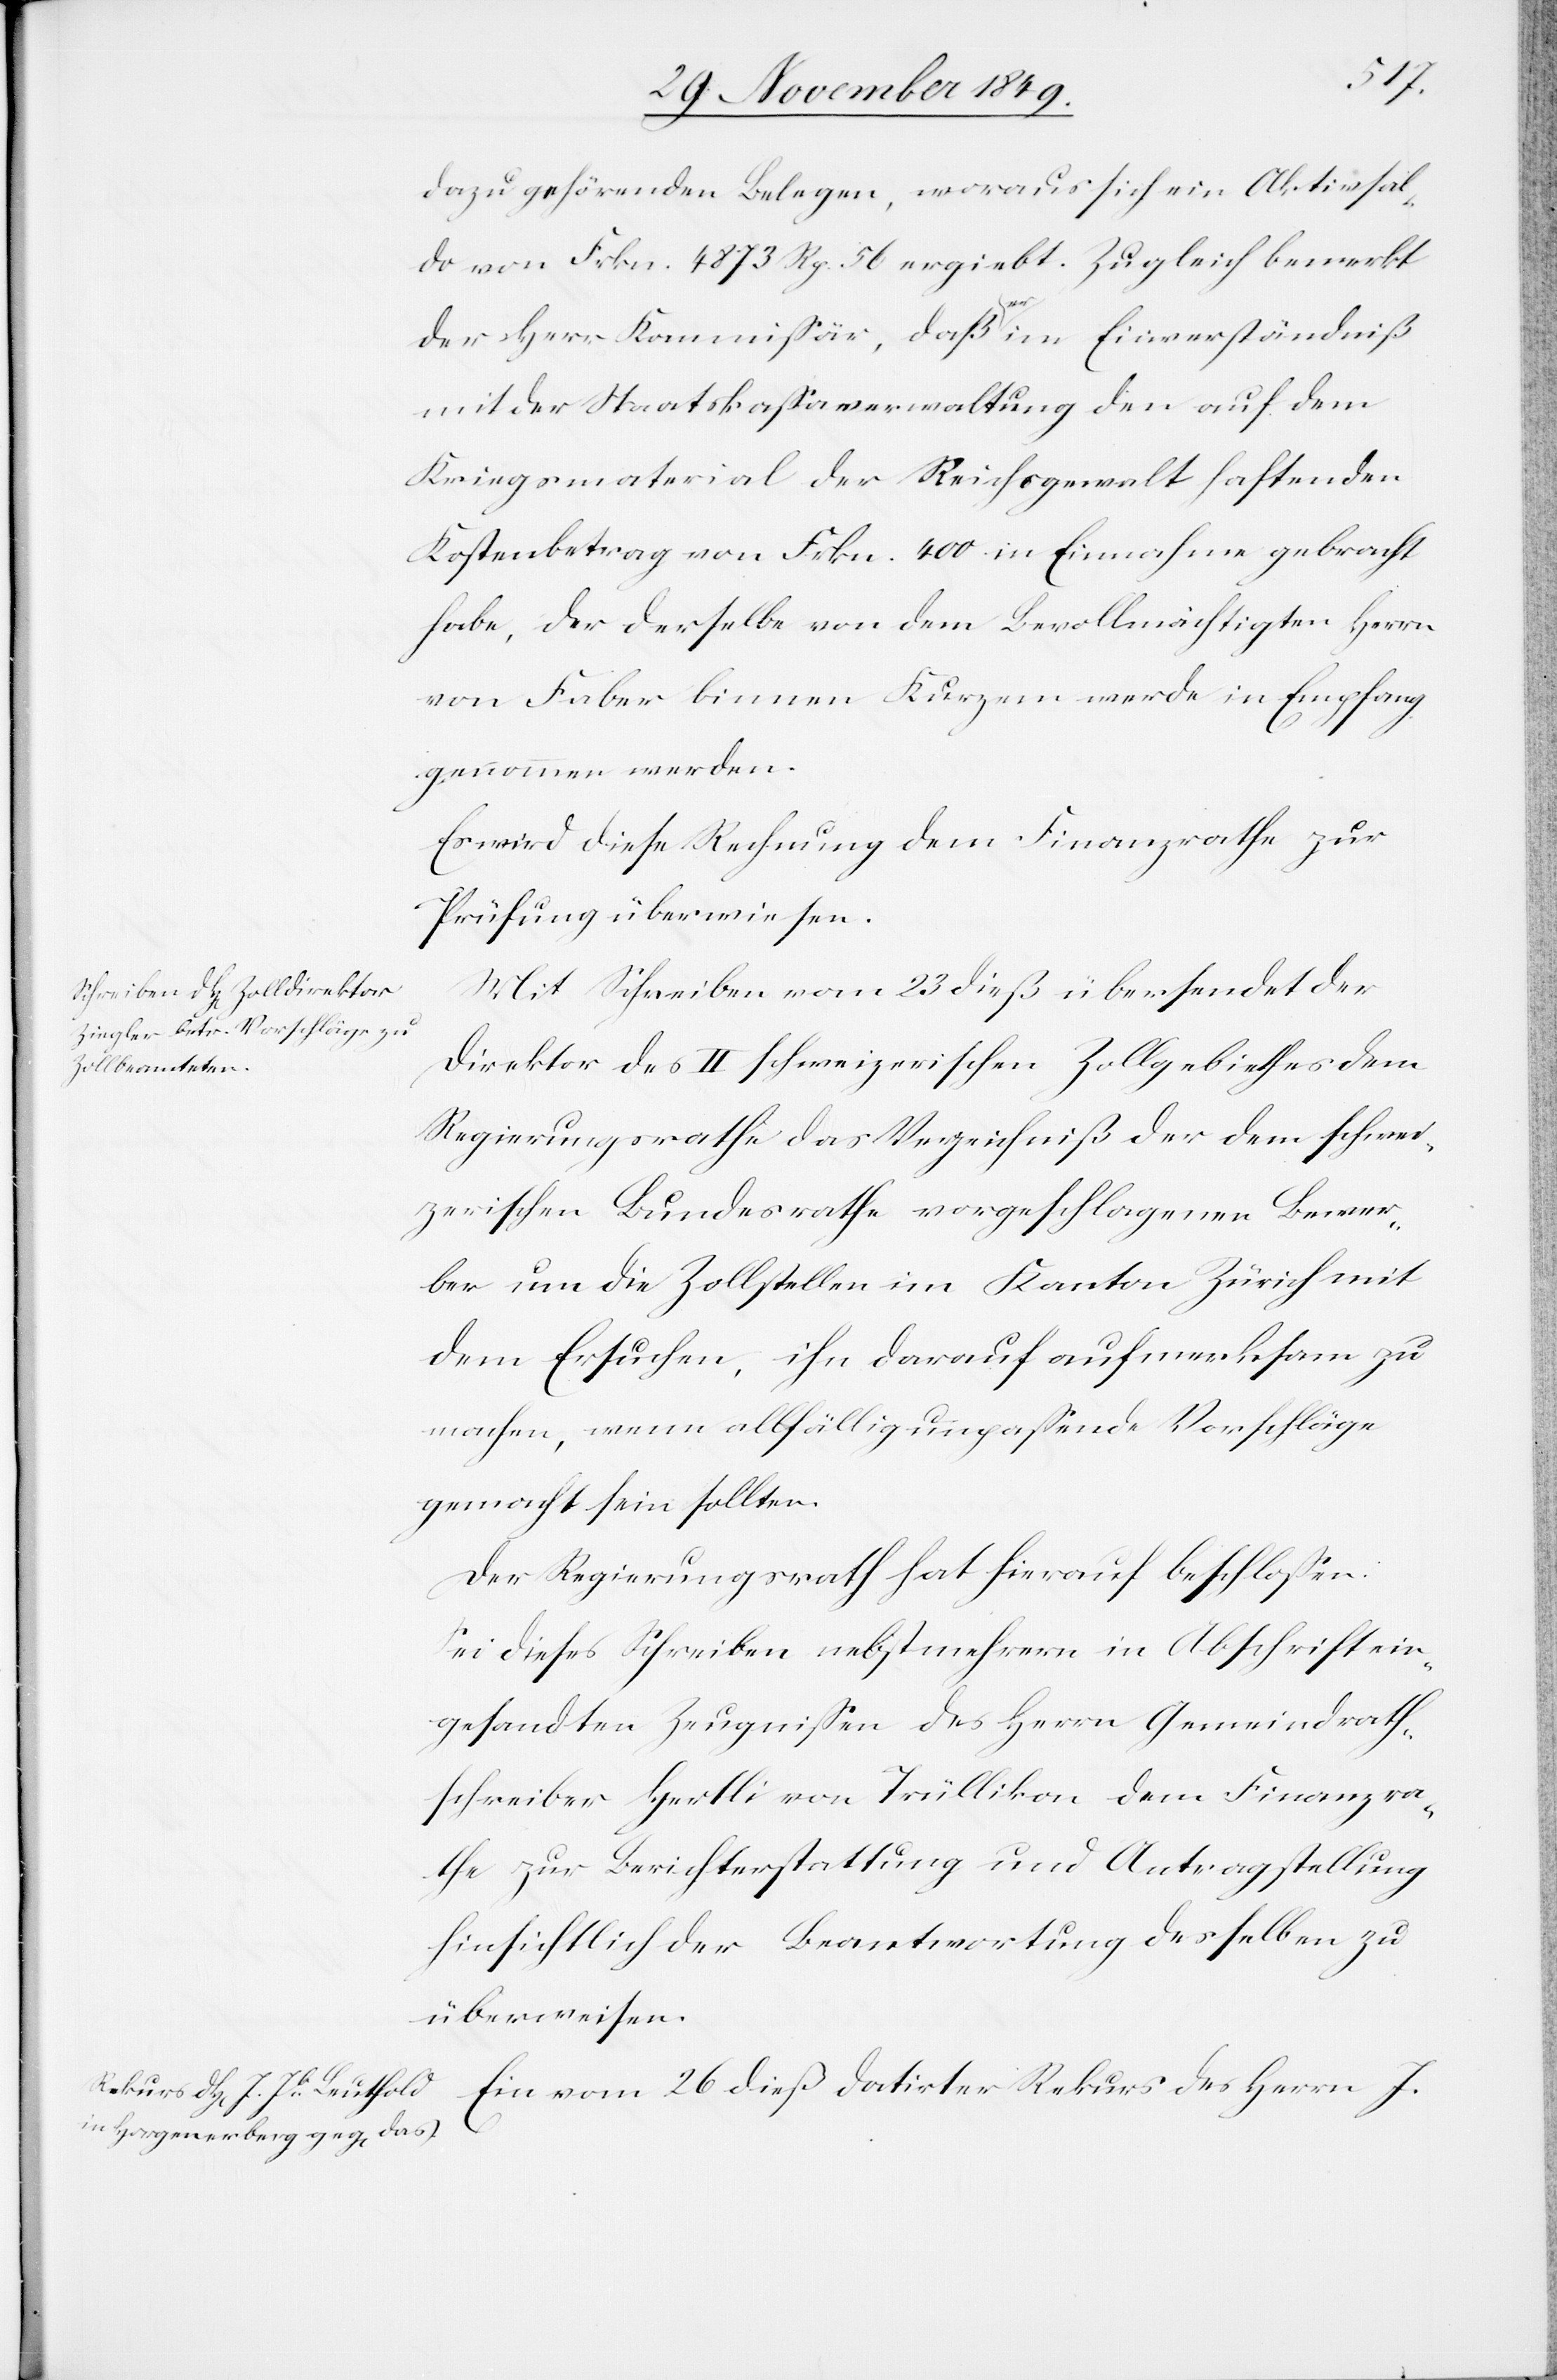
dazugehörenden Belegen, woraus sich ein Aktivsal¬
do von Frkn. 4873 Rp. 56 ergibt. Zugleich bemerkt
der Herr Kommißär, daß er im Einverständniß
mit der Staatskaßaverwaltung den auf dem
Kriegsmaterial der Reichsgewalt haftenden
Kostenbetrag von Frkn. 400 in Einnahme gebracht
habe, der derselbe von dem Bevollmächtigten Herrn
von Faber binnen Kurzem werde in Empfang
genommen werden.
Es wird diese Rechnung dem Finanzrathe zur
Prüfung überwiesen.
Mit Schreiben vom 23 dieß übersendet der
Direktor des II schweizerischen Zollgebiethes dem
Regierungsrathe das Verzeichniß der dem schwei¬
zerischen Bundesrathe vorgeschlagenen Bewer¬
ber um die Zollstellen im Kanton Zürich mit
dem Ersuchen, ihn darauf aufmerksam zu
machen, wenn allfällig unpaßende Vorschläge
gemacht sein sollten.
Der Regierungsrath hat hierauf beschloßen:
Sei dieses Schreiben nebst mehrern in Abschrift ein¬
gesandten Zeugnißen des Herrn Gemeindrath¬
schreiber Hertli von Trüllikon dem Finanzra¬
the zur Berichterstattung und Antragstellung
hinsichtlich der Beantwortung desselben zu
überweisen.
Ein vom 26 dieß datirter Rekurs des Herrn J.